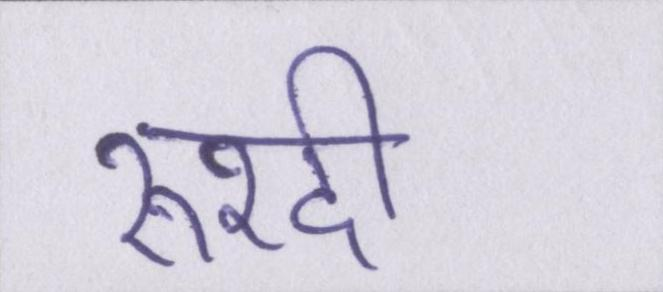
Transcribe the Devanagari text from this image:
रुश्दी